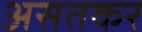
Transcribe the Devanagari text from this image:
असतकर